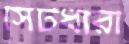
সিটধারী